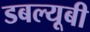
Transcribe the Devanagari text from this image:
डबल्यूबी